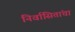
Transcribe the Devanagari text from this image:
निर्वासितांचा